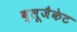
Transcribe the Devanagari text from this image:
ब्लूजैकेट